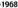
1968